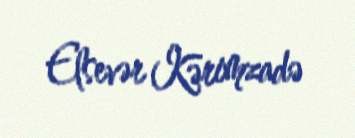
Elsevər Kərimzadə